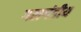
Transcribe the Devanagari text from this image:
गलगंडीय